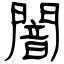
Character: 闇